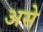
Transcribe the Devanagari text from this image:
असेे